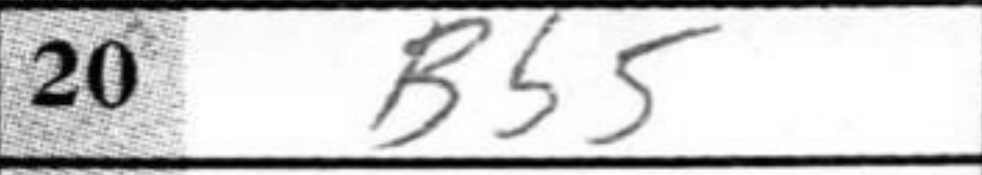
Transcription: Bb5